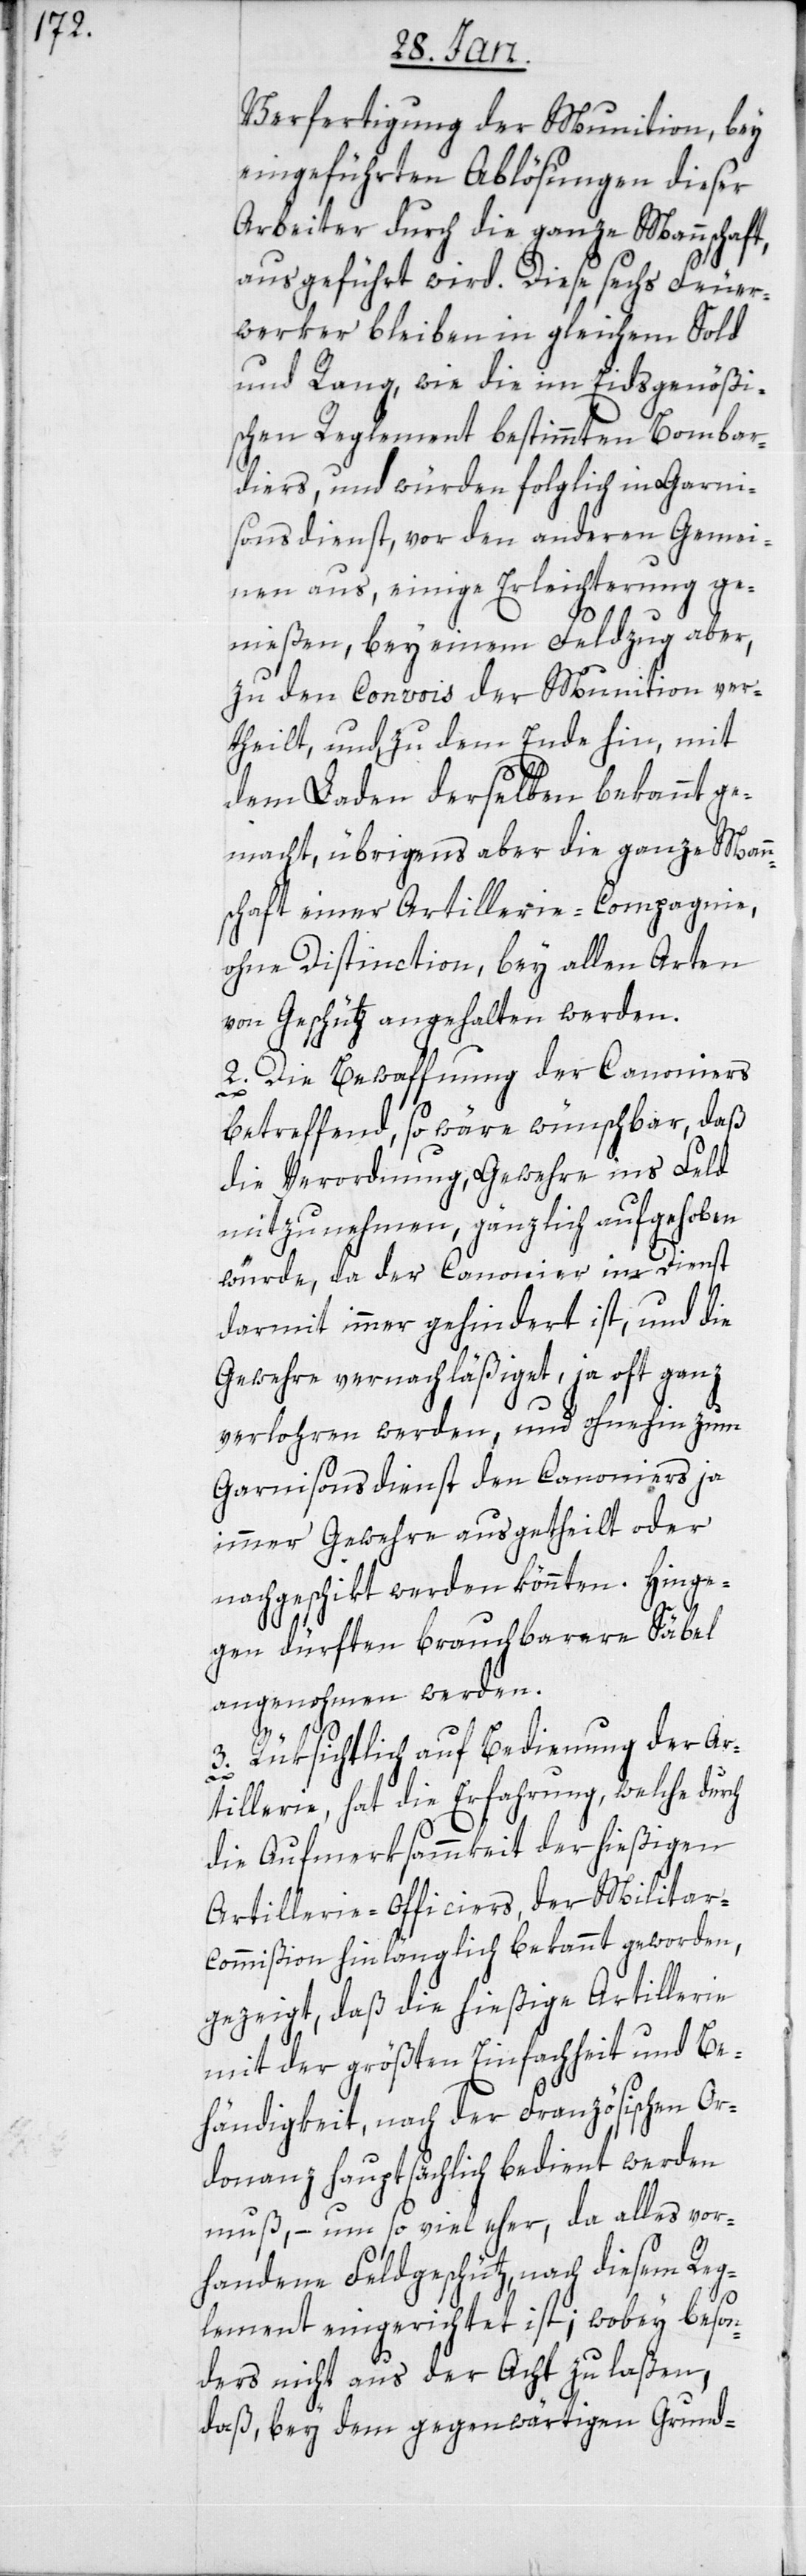
Verfertigung der Munition, bey
eingeführten Ablösungen dieser
Arbeiter durch die ganze Mannschaft,
ausgeführt wird. Diese sechs Feuer¬
werker bleiben im gleichen Sold
und Rang, wie die im Eidsgenößi¬
schen Reglement bestimmten Bombar¬
diers, und würden folglich in Garni¬
sonsdienst, vor den anderen Gemei¬
nen aus, einige Erleichterung ge¬
nießen, bey einem Feldzug aber,
zu den Convois der Munition ver¬
theilt, und, zu dem Ende hin, mit
dem Laden derselben bekannt ge¬
macht, übrigens aber die ganze Mann¬
schaft einer Artillerie-Compagnie,
ohne Distinction, bey allen Arten
von Geschütz angehalten werden.
2. Die Bewaffnung der Canoniers
betreffend, so wäre wünschbar, daß
die Verordnung, Gewehre ins Feld
mitzunehmen, gänzlich aufgehoben
würde, da der Canonier im Dienst
darmit immer gehindert ist, und die
Gewehre vernachläßiget, ja oft ganz
verlohren werden, und ohnehin zum
Garnisonsdienst den Canoniers ja
immer Gewehre ausgetheilt oder
nachgeschikt werden könnten. Hinge¬
gen dürften brauchbare Säbel
angenohmen werden.
3. Rüksichtlich auf Bedienung der Ar¬
tillerie, hat die Erfahrung, welche durch
die Aufmerksammkeit der hießigen
Artillerie-Officiers, der Milita¬
r-Commißion hinlänglich bekannt geworden,
gezeigt, daß die hießige Artillerie
mit der größten Einfachheit und Be¬
händigkeit nach der Französischen Or¬
donanz hauptsächlich bedient werden
muß, – um so viel eher, da alles vor¬
handene Feldgeschütz, nach diesem Reg¬
lement eingerichtet ist; wobey beson¬
ders nicht aus der Acht zu laßen,
daß, bey dem gegenwärtigen Grund-